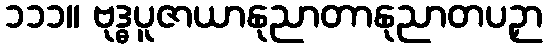
၁၁၁။ ဗုဒ္ဓပူဇာယာနုညာတာနုညာတပဉှာ